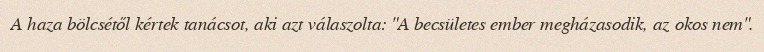
A haza bölcsétől kértek tanácsot, aki azt válaszolta: "A becsületes ember megházasodik, az okos nem".